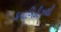
ડાયાબિટીઝથી